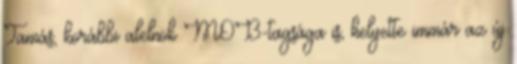
Tamás, korábbi alelnök MOB-tagsága is, helyette immár az új